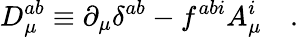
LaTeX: D_{\mu}^{ab}\equiv\partial_{\mu}\delta^{ab}-f^{abi}A_{\mu}^{i}\, \, \, \, \, \, .